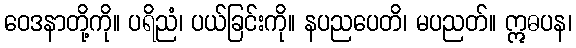
ဝေဒနာတို့ကို။ ပရိညံ၊ ပယ်ခြင်းကို။ နပညပေတိ၊ မပညတ်။ ဣဓပန၊